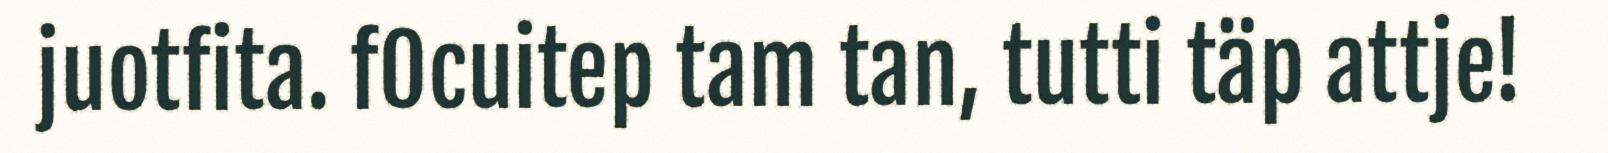
juotfita. fOcuitep tam tan, tutti täp attje!